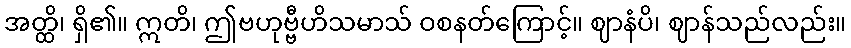
အတ္ထိ၊ ရှိ၏။ ဣတိ၊ ဤဗဟုဗ္ဗီဟိသမာသ် ဝစနတ်ကြောင့်။ ဈာနံပိ၊ ဈာန်သည်လည်း။